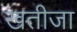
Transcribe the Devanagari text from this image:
खतीजा